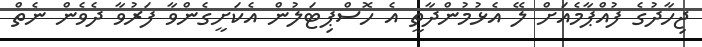
ޖިހާދުގެ ފުއްޕާމެއަށް ލޭ އެޅުމުންދާތީ އެ ހޮސްޕިޓަލުން އެކަށީގެންވާ ފަރުވާ ދެވެން ނެތް